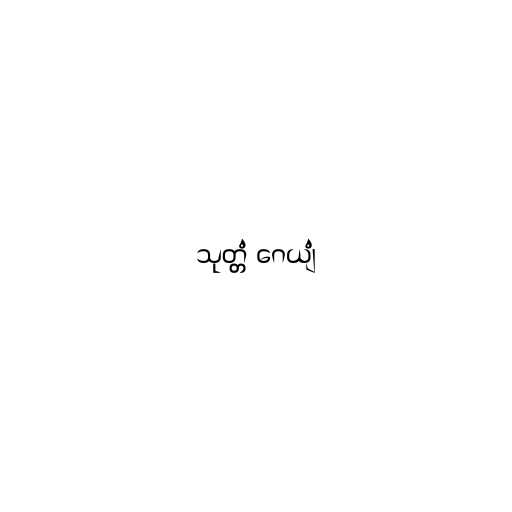
သုတ္တံ ဂေယျံ